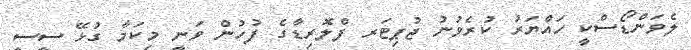
ލެވަންޑޯސްކީ ހައްޔަރު ކުރެވުނު ޖުޕިޓަރ ފްލޮރިޑާގެ ފުހުން ވަނީ މިކަމާ ގުޅޭ ސީސީ